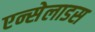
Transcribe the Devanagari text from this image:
एन्सेलाडस